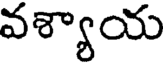
వశ్యాయ